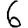
Digit: 6